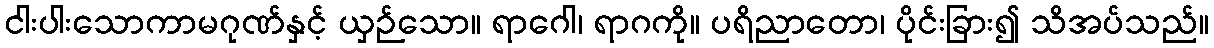
ငါးပါးသောကာမဂုဏ်နှင့် ယှဉ်သော။ ရာဂေါ၊ ရာဂကို။ ပရိညာတော၊ ပိုင်းခြား၍ သိအပ်သည်။